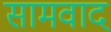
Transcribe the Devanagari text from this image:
सामवाद